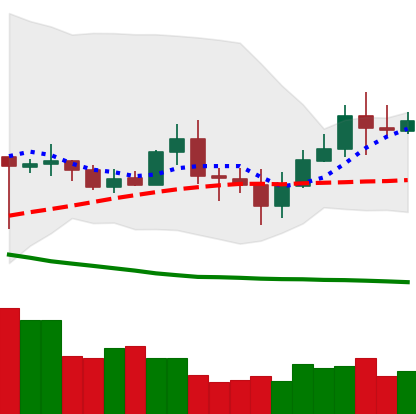
Ticker: TRX-USD
Chart end date: 2020-07-04
Forward return: 9.801%
Label: up_7plus